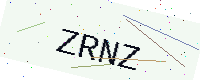
Text: ZRNZ